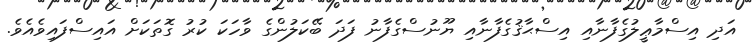
އަދި އިސްމާޢީލުގެފާނާއި އިސްޙާޤުގެފާނާއި ޔޫނުސްގެފާނު ފަދަ ބޭކަލުންގެ ވާހަކަ ކުރު ގޮތަކަށް އައިސްފައިވެއެވެ.